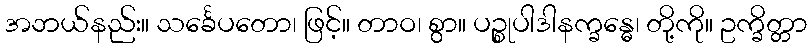
အဘယ်နည်း။ သင်္ခေပတော၊ ဖြင့်။ တာဝ၊ စွာ။ ပဉ္စုပါဒါနက္ခန္ဓေ၊ တို့ကို။ ဥက္ခိတ္တာ